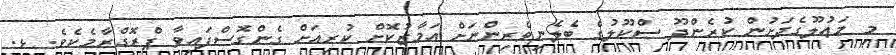
މި މަޢުލޫގެދަށުން ކުރެންދޫ ސްކޫލުގެ ބެލެނިވެރިންނަށް އަމާޒުކޮށް ކުރިއަށް ގެންގޮސްފައިވާ ޕްރޮގްރާމެކެވެ. ޅ.